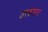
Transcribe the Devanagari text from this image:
उरकणार